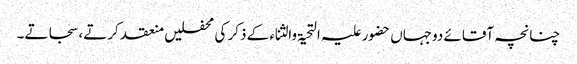
چنانچہ آقائے دوجہاں حضور علیہ التحیۃ والثناء کے ذکر کی محفلیں منعقد کرتے، سجاتے۔